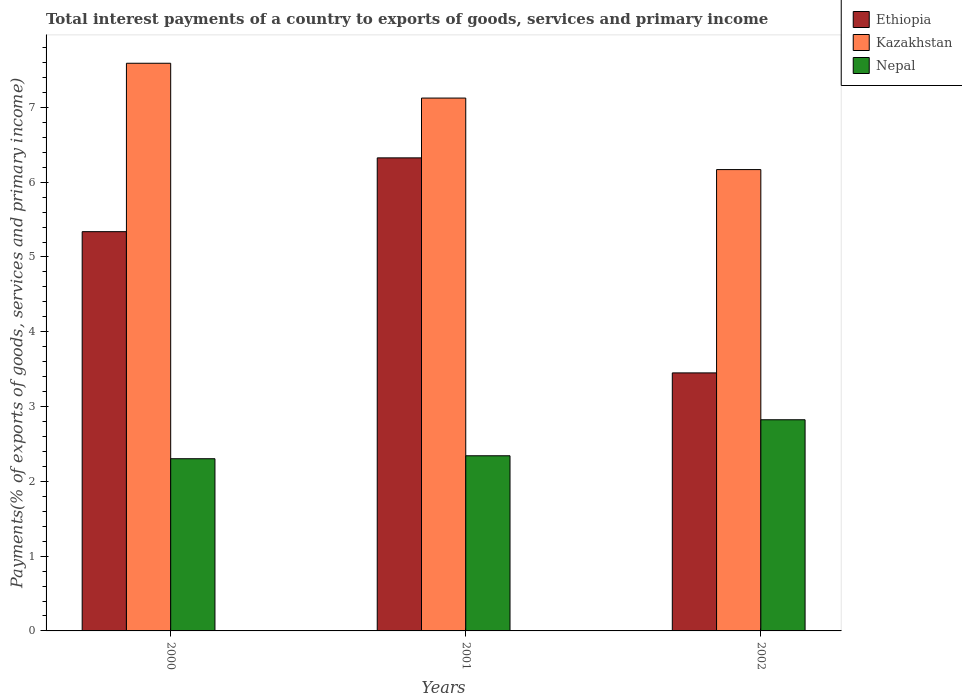
| Years | Ethiopia | Kazakhstan | Nepal |
 | --- | --- | --- | --- |
 | 2000 | 5.34 | 7.59 | 2.3 |
 | 2001 | 6.32 | 7.12 | 2.34 |
 | 2002 | 3.45 | 6.17 | 2.82 |